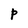
Character: P